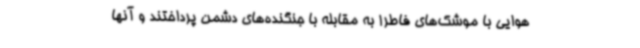
هوایی با موشک‌های فاطر1 به مقابله با جنگنده‌های دشمن پرداختند و آنها